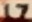
Text: 17